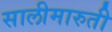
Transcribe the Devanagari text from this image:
सालीमारुती